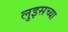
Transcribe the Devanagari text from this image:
लुइसच्या